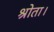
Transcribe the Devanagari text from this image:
श्रोता।